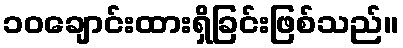
၁၀ချောင်းထားရှိခြင်းဖြစ်သည်။